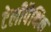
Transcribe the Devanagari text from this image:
टेलीपैथिक